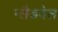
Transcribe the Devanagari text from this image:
ग्लैडवेल